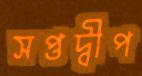
সপ্তদ্বীপ